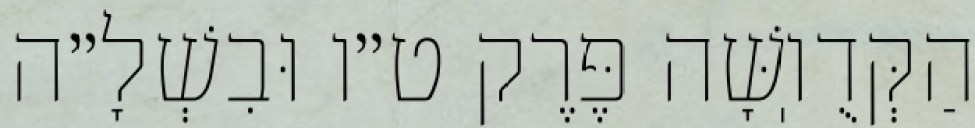
הַקְּדֻוֽשָּׁה פֶּרֶק ט״ו וּבִשְׁלָ״ה